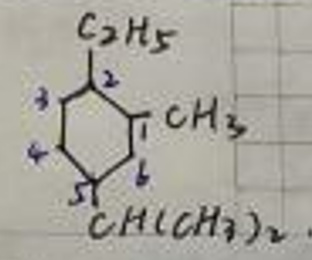
$\chemfig{*6(=-=-(-[::+30]C([CH3])[::-30])-(-[::+30]C([C2H5])[::-30])-)}$